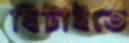
ছিটাইতে